Leaving Certificate, 1901
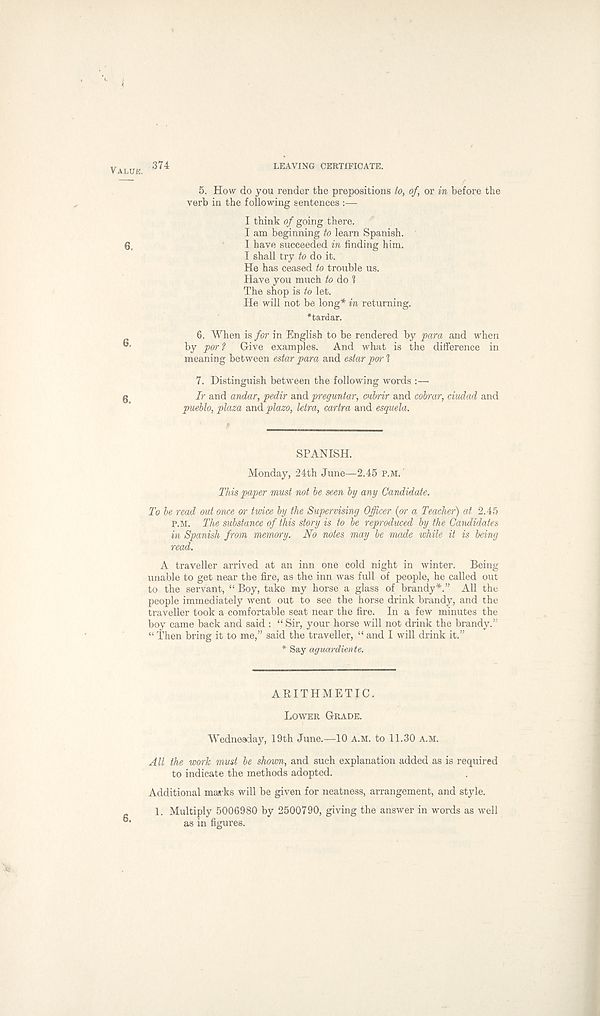
Value.
6,
6,
6.
374
LEAVING CERTIFICATE.
5. How do you render the prepositions to, of, or in before the
verb in the following sentences :—
I think of going there.
I am beginning to learn Spanish.
I have succeeded in finding him.
I shall try to do it.
He has ceased to trouble us.
Have you much to do 1
The shop is to let.
He will not be long* in returning.
*tardar.
6. When is for in English to be rendered by para and when
by par? Give examples. And what is the difference in
meaning between estar para and estar po7-1
7. Distinguish between the following words :—
Ir and andar, pedir and preguntar, cnbrir and cotrrar, ciudad and
pueblo, plaza and plazo, letra, cartra and esquela.
SPANISH.
Monday, 24th June—2.45 p.m.
This paper must not be seen by any Candidate.
To be read out once or twice by the Supervising Officer (or a Teacher) at 2.45
p.m. The substance of this story is to be reproduced by the Candidates
in Spanish from memory. No notes may be made while it is being
read.
A traveller arrived at an inn one cold night in winter. Being
unable to get near the fire, as the inn was full of people, he called out
to the servant, “ Boy, take my horse a glass of brandy*.” All the
people immediately went out to see the horse drink brandy, and the
traveller took a comfortable seat near the fire. In a few minutes the
boy came back and said : “ Sir, your horse will not drink the brandy. 1 '
“ Then bring it to me,” said the traveller, “ and I will drink it.”
* Say aguardiente.
ARITHMETIC.
Lower Grade.
Wednesday, 19th June.—10 A.M. to 11.30 A.M.
All the work must be shovm, and such explanation added as is required
to indicate the methods adopted.
Additional marks will be given for neatness, arrangement, and style.
1. Multiply 5006980 by 2500790, giving the answer in words as well
as in figures.
6.